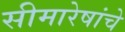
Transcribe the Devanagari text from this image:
सीमारेषांचे